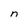
Character: n